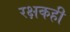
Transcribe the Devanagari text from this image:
रक्षकही